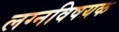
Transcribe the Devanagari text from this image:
लग्नविषयक